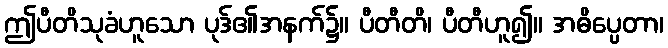
ဤပီတိသုခံဟူသော ပုဒ်၏အနက်၌။ ပီတီတိ၊ ပီတီဟူ၍။ အဓိပ္ပေတာ၊